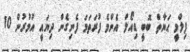
ފިލްމީ ޙަޔާތް ބޮބީ ޑިއޯލް އެންމެ ފުރަތަމަ ފެނިގެން ދިޔައީ އުމުރުން 10